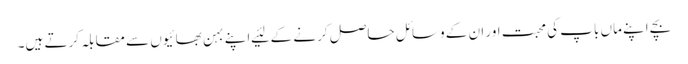
بچے اپنے ماں باپ کی محبت اور ان کے وسائل حاصل کرنے کے لئیے اپنے بہن بھائیوں سے مقابلہ کرتے ہیں۔